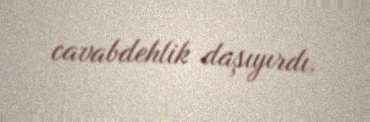
cavabdehlik daşıyırdı.